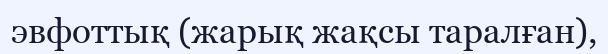
эвфоттық (жарық жақсы таралған),